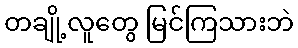
တချို့လူတွေ မြင်ကြသားဘဲ